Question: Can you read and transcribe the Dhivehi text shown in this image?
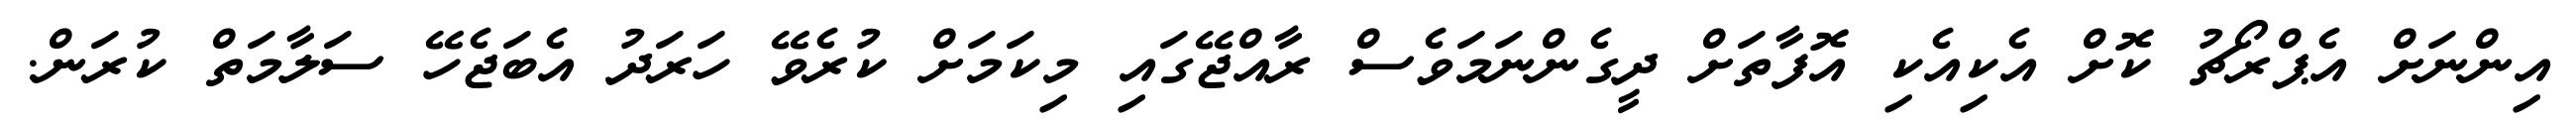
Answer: އިންނަށް އެޕްރޯޗު ކޮށް އެކިއެކި އޮފާތަށް ދީގެންނަމަވެސް ރާއްޖޭގައި މިކަމަށް ކުރެވޭ ހަރަދު އެބަޖެހޭ ސަލާމަތް ކުރަން.